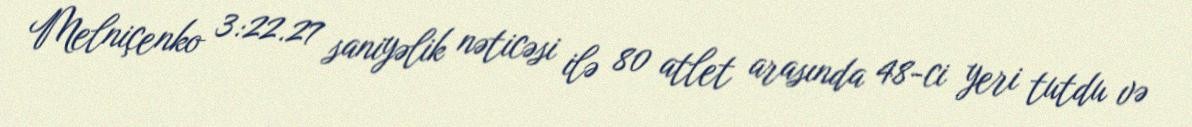
Melniçenko 3:22.27 saniyəlik nəticəsi ilə 80 atlet arasında 48-ci yeri tutdu və